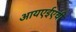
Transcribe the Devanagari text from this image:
आयएईएची